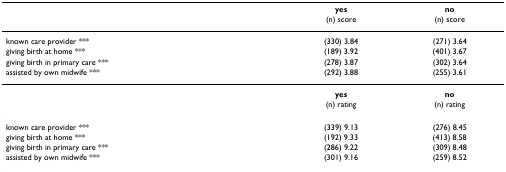
<table><thead><tr><td></td><td><b>yes</b></td><td><b>no</b></td></tr><tr><td></td><td><b>(n) score</b></td><td><b>(n) score</b></td></tr></thead><tbody><tr><td>known care provider ***</td><td>(330) 3.84</td><td>(271) 3.64</td></tr><tr><td>giving birth at home ***</td><td>(189) 3.92</td><td>(401) 3.67</td></tr><tr><td>giving birth in primary care ***</td><td>(278) 3.87</td><td>(302) 3.64</td></tr><tr><td>assisted by own midwife ***</td><td>(292) 3.88</td><td>(255) 3.61</td></tr><tr><td></td><td><b>yes</b></td><td><b>no</b></td></tr><tr><td></td><td>(n) rating</td><td>(n) rating</td></tr><tr><td>known care provider ***</td><td>(339) 9.13</td><td>(276) 8.45</td></tr><tr><td>giving birth at home ***</td><td>(192) 9.33</td><td>(413) 8.58</td></tr><tr><td>giving birth in primary care ***</td><td>(286) 9.22</td><td>(309) 8.48</td></tr><tr><td>assisted by own midwife ***</td><td>(301) 9.16</td><td>(259) 8.52</td></tr></tbody></table>